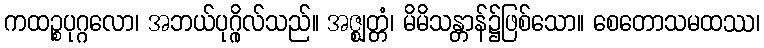
ကထဉ္စပုဂ္ဂလော၊ အဘယ်ပုဂ္ဂိုလ်သည်။ အဇ္ဈတ္တံ၊ မိမိသန္တာန်၌ဖြစ်သော။ စေတောသမထဿ၊